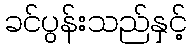
ခင်ပွန်းသည်နှင့်